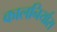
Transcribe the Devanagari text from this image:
कालनिर्यास